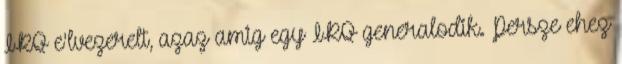
IRQ e'lvezerelt, azaz amig egy IRQ generalodik. Persze ehez